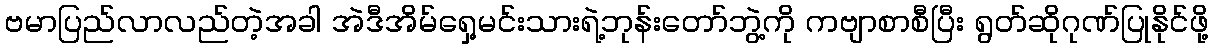
ဗမာပြည်လာလည်တဲ့အခါ အဲဒီအိမ်ရှေ့မင်းသားရဲ့ဘုန်းတော်ဘွဲ့ကို ကဗျာစာစီပြီး ရွတ်ဆိုဂုဏ်ပြုနိုင်ဖို့